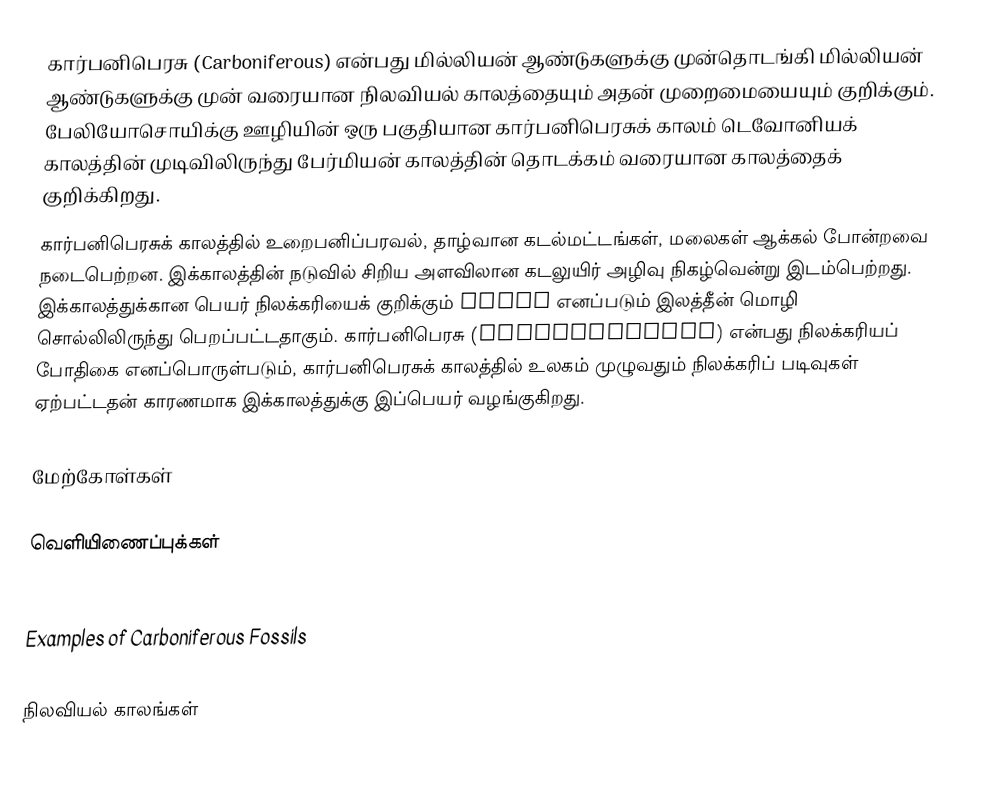
கார்பனிபெரசு (Carboniferous) என்பது  மில்லியன் ஆண்டுகளுக்கு முன்தொடங்கி  மில்லியன் ஆண்டுகளுக்கு முன் வரையான நிலவியல் காலத்தையும் அதன் முறைமையையும் குறிக்கும். பேலியோசொயிக்கு ஊழியின் ஒரு பகுதியான கார்பனிபெரசுக் காலம்  டெவோனியக் காலத்தின் முடிவிலிருந்து பேர்மியன் காலத்தின் தொடக்கம் வரையான காலத்தைக் குறிக்கிறது.
கார்பனிபெரசுக் காலத்தில் உறைபனிப்பரவல், தாழ்வான கடல்மட்டங்கள், மலைகள் ஆக்கல் போன்றவை நடைபெற்றன. இக்காலத்தின் நடுவில் சிறிய அளவிலான கடலுயிர் அழிவு நிகழ்வென்று இடம்பெற்றது. இக்காலத்துக்கான பெயர் நிலக்கரியைக் குறிக்கும்  carbo எனப்படும் இலத்தீன் மொழி சொல்லிலிருந்து பெறப்பட்டதாகும். கார்பனிபெரசு (Carboniferous) என்பது நிலக்கரியப் போதிகை எனப்பொருள்படும், கார்பனிபெரசுக் காலத்தில் உலகம் முழுவதும் நிலக்கரிப் படிவுகள் ஏற்பட்டதன் காரணமாக இக்காலத்துக்கு இப்பெயர் வழங்குகிறது.

மேற்கோள்கள்

வெளியிணைப்புக்கள்

 Examples of Carboniferous Fossils

நிலவியல் காலங்கள்